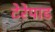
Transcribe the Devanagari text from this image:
टेरेपाड